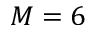
M = 6